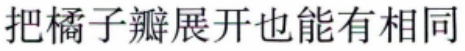
把橘子瓣展开也能有相同